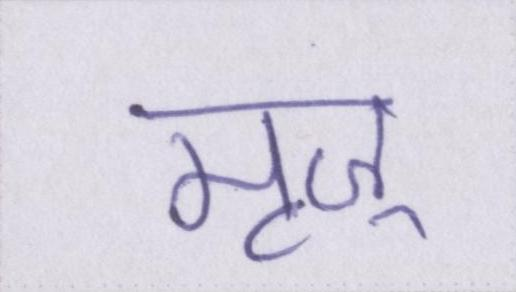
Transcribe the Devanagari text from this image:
मृज्